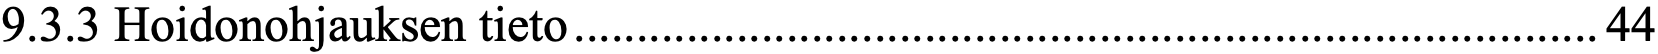
9.3.3 Hoidonohjauksen tieto .................................................................................. 44